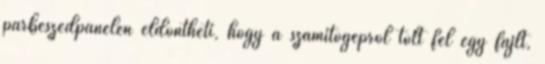
párbeszédpanelen eldöntheti, hogy a számítógépről tölt fel egy fájlt,